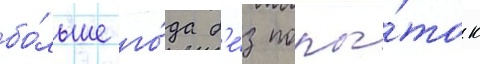
бо́льше го́да б'е́з попы́ток